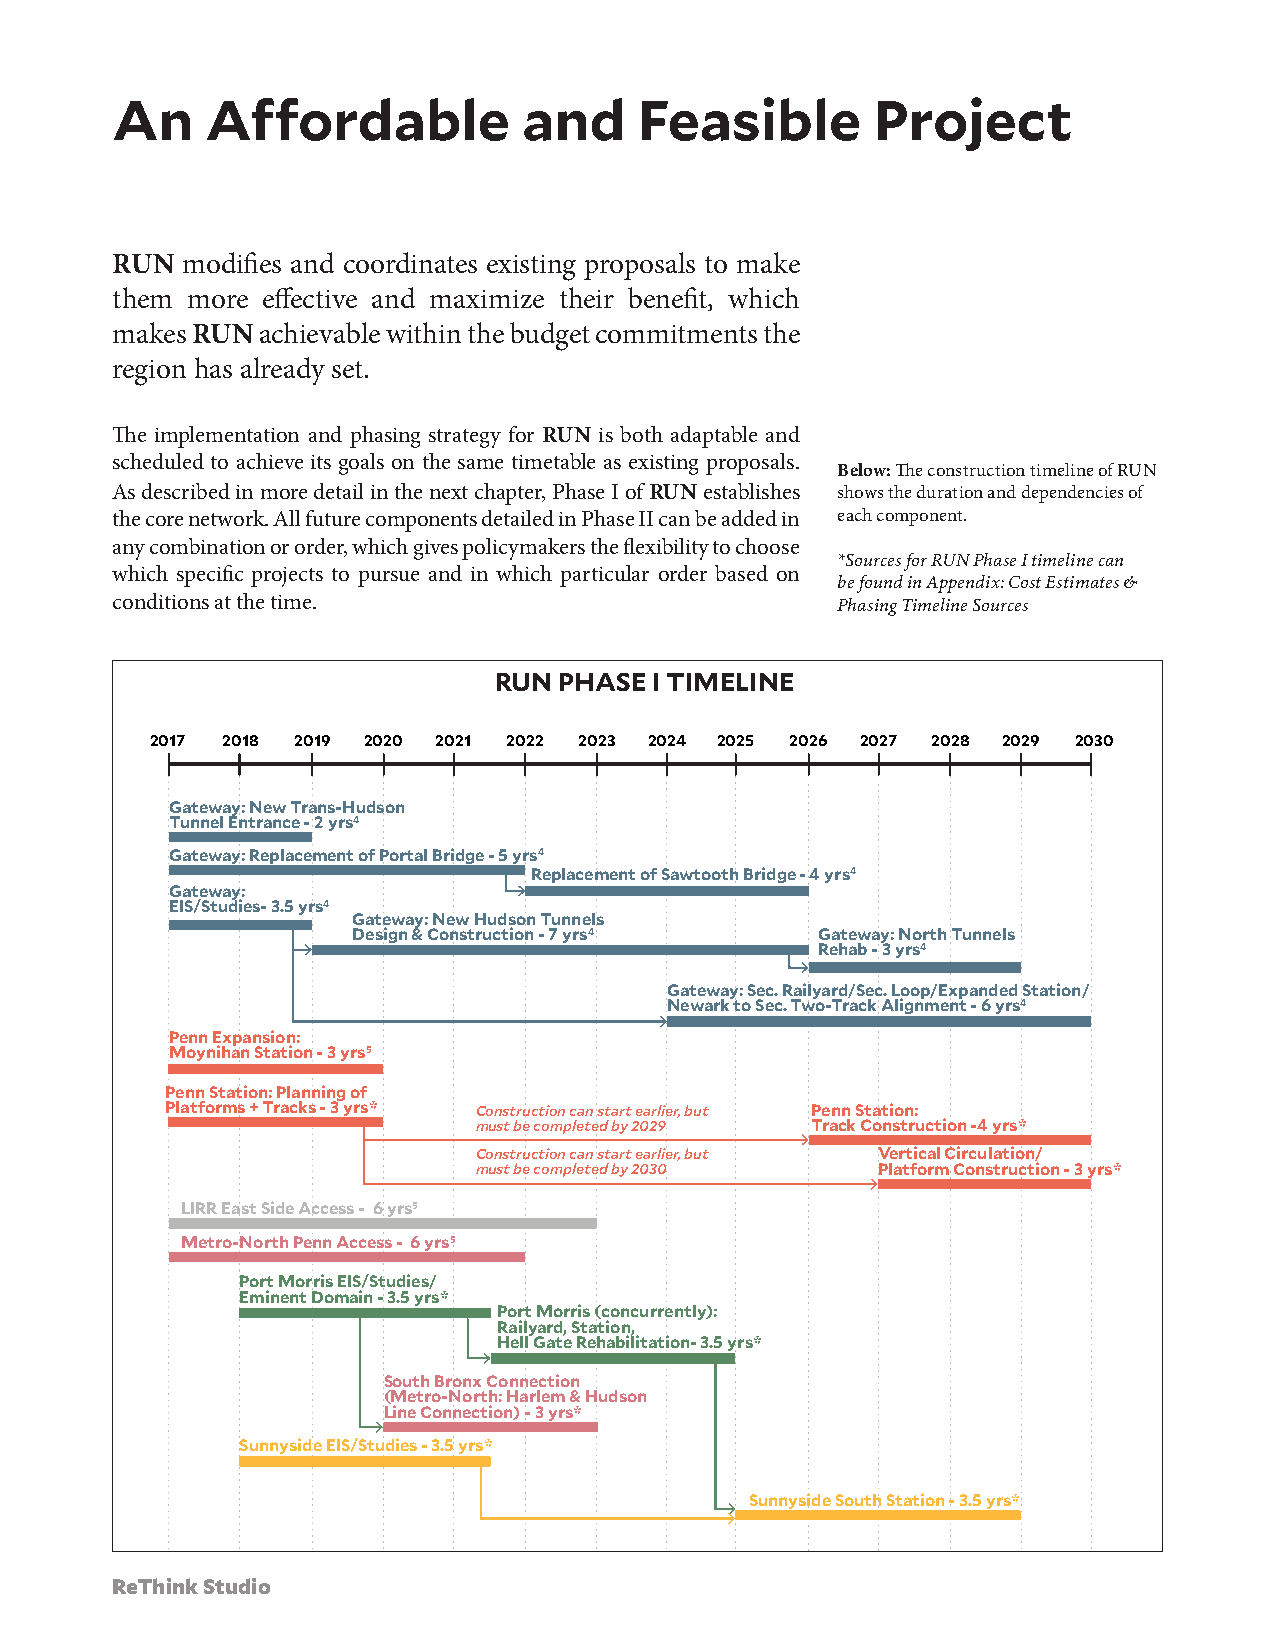
An     Affordable           and    Feasible        Project
 RUN  modifies and coordinates existing proposals to make
 them more effective and maximize their benefit, which
 makes RUN achievable within the budget commitments the
 region has already set.
 The implementation and phasing strategy for RUN is both adaptable and
 scheduled to achieve its goals on the same timetable as existing proposals.
 Below: The construction timeline of RUN
 As described in more detail in the next chapter, Phase I of RUN establishes shows the duration and dependencies of
 the core network. All future components detailed in Phase II can be added in each component.
 any combination or order, which gives policymakers the flexibility to choose
 *Sources for RUN Phase I timeline can
 which specific projects to pursue and in which particular order based on
 be found in Appendix: Cost Estimates &
 conditions at the time.                         Phasing Timeline Sources
 RUN PHASE I TIMELINE
 2017 2018 2019 2020 2021 2022 2023 2024 2025 2026 2027 2028 2029 2030
 Gateway: New Trans-Hudson
 Tunnel Entrance - 2 yrs4
 Gateway: Replacement of Portal Bridge - 5 yrs4
 Replacement of Sawtooth Bridge - 4 yrs4
 Gateway:
 EIS/Studies- 3.5 yrs4
 Gateway: New Hudson Tunnels
 Design & Construction - 7 yrs4 Gateway: North Tunnels
 Rehab - 3 yrs4
 Gateway: Sec. Railyard/Sec. Loop/Expanded Station/
 Newark to Sec. Two-Track Alignment - 6 yrs4
 Penn Expansion:
 Moynihan Station - 3 yrs5
 Penn Station: Planning of
 Platforms + Tracks - 3 yrs* Construction can start earlier, but Penn Station:
 must be completed by 2029 Track Construction -4 yrs*
 Construction can start earlier, but Vertical Circulation/
 must be completed by 2030  Platform Construction - 3 yrs*
 LIRR East Side Access - 6 yrs5
 Metro-North Penn Access - 6 yrs5
 Port Morris EIS/Studies/
 Eminent Domain - 3.5 yrs*
 Port Morris (concurrently):
 Railyard, Station,
 Hell Gate Rehabilitation- 3.5 yrs*
 South Bronx Connection
 (Metro-North: Harlem & Hudson
 Line Connection) - 3 yrs*
 Sunnyside EIS/Studies - 3.5 yrs*
 Sunnyside South Station - 3.5 yrs*
 ReThink Studio